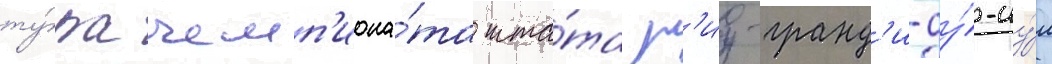
ту́ра чемп'иона́та шта́та р'иу-гранд'и-ду́-су́л